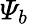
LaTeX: \varPsi_{b}